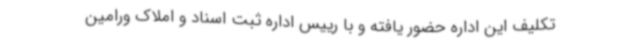
تکلیف این اداره حضور یافته و با رییس اداره ثبت اسناد و املاک ورامین